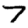
Digit: 7